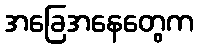
အခြေအနေတွေက